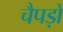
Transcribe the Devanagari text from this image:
चैपड़ों